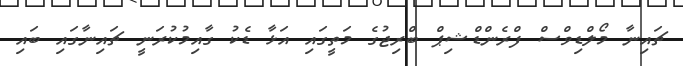
ޗައިނާ މޯލްޑިވްސް ފްރެންޑްޝިޕް ބްރިޖުގެ މަތީގައި އަޅާ ޑެކު ގާއިމުކުރަނީ ޗައިނާގައި ބައި